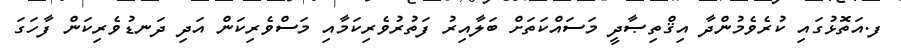
ފ.އަތޮޅުގައި ކުރެވެމުންދާ އިޤްތިޞާދީ މަސައްކަތަށް ބަލާއިރު ފަތުރުވެރިކަމާއި މަސްވެރިކަން އަދި ދަނޑުވެރިކަން ފާހަގަ